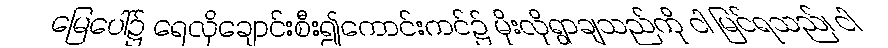
မြေပေါ်၌ ရေလိုချောင်းစီး၍ကောင်းကင်၌ မိုးလိုရွာချသည်ကို ငါ မြင်ရသည်၊ ငါ